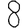
Digit: 8